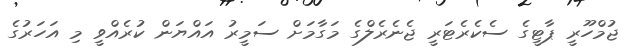
ޖުމްހޫރީ ޕާޓީގެ ސެކެރެޓަރީ ޖެނެރެލްގެ މަގާމަށް ސަމީރު އައްޔަން ކުރެއްވީ މި އަހަރުގެ